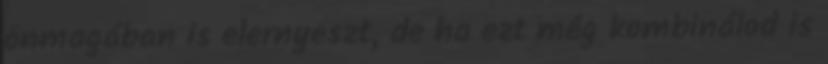
önmagában is elernyeszt, de ha ezt még kombinálod is